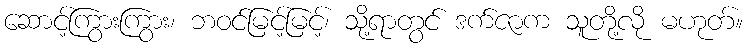
ဆောင့်ကြွားကြွား၊ ဘဝင်မြင့်မြင့်၊ သို့ရာတွင် ဒက်ဇာက သူတို့လို မဟုတ်။